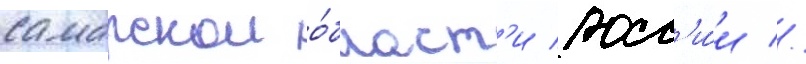
самарскои о́бласт'и росс'и́и //